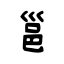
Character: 邕